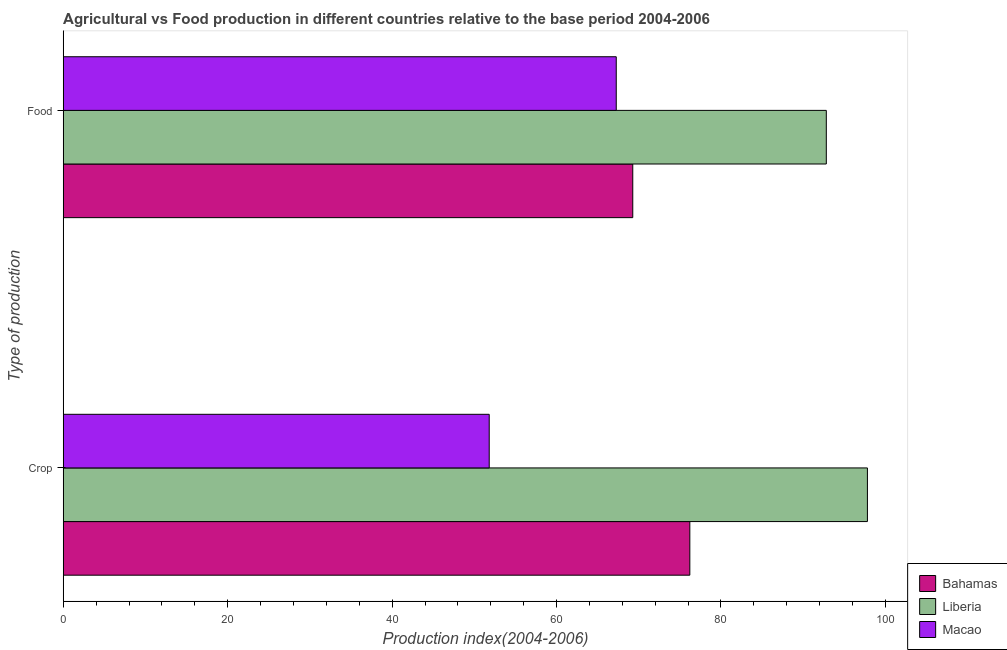
| Type of production | Bahamas | Liberia | Macao |
 | --- | --- | --- | --- |
 | Crop | 76.2 | 97.8 | 51.8 |
 | Food | 69.3 | 92.8 | 67.3 |